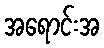
အရောင်းအ